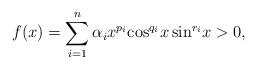
LaTeX: \begin{align*}f(x) = \sum\limits_{i=1}^{n}\alpha_{i}x^{p_{i}}\!\cos^{q_{i}}\!x\sin^{r_{i}}\!x > 0,\end{align*}